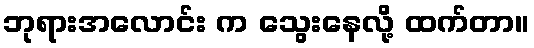
ဘုရားအလောင်း က သွေးနေလို့ ထက်တာ။